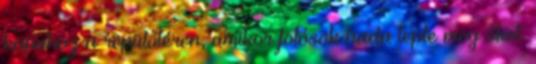
kapuhoz a repülőtéren, amikor fotósok hada lepte meg őket.